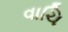
વાચિ